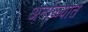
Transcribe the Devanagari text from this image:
अर्नाळ्यात